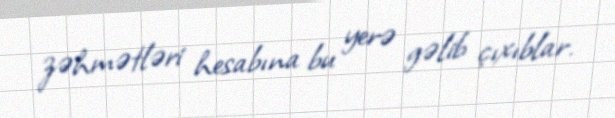
zəhmətləri hesabına bu yerə gəlib çıxıblar.